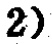
2)